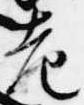
老